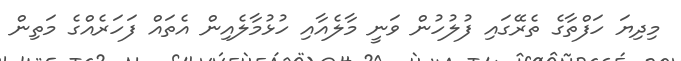
މިދިޔަ ހަފްތާގެ ތެރޭގައި ފުލުހުން ވަނީ މާލެއާއި ހުޅުމާލެއިން އެތައް ފަހަރެއްގެ މަތިން